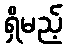
ရှိမည့်